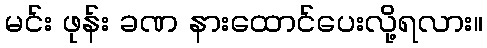
မင်း ဖုန်း ခဏ နားထောင်ပေးလို့ရလား။